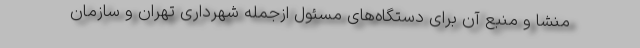
منشا و منبع آن برای دستگاه‌های مسئول ازجمله شهرداری تهران و سازمان